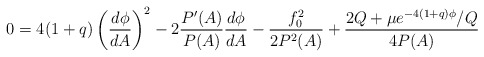
\begin{align*}0=4(1+q)\left(\frac{d\phi}{dA}\right)^2-2\frac{P'(A)}{P(A)}\frac{d\phi}{dA}-\frac{f_0^2} {2P^2(A)}+\frac{2Q+\mu e^{-4(1+q)\phi}/Q}{4P(A)}\end{align*}